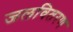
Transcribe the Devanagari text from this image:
जलवितरण